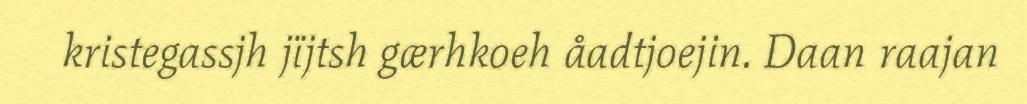
kristegassjh jïjtsh gærhkoeh åadtjoejin. Daan raajan